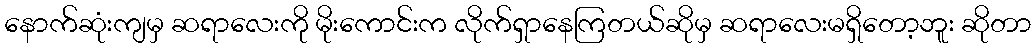
နောက်ဆုံးကျမှ ဆရာလေးကို မိုးကောင်းက လိုက်ရှာနေကြတယ်ဆိုမှ ဆရာလေးမရှိတော့ဘူး ဆိုတာ